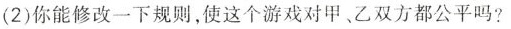
(2)你能修改一下规则，使这个游戏对甲、乙双方都公平吗?